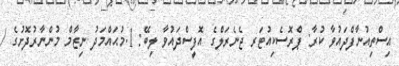
އިސްތިއުނާފްދައުވާ ކުރާ: ޕްރޮސެކިއުޓަރ ޖެނެރަލްގެ އޮފީސްދައުވާ ލިބޭ: 1.މުޙައްމަދު ނިޒާމް މުންނާރުދޮށުގެ /